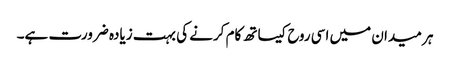
ہر میدان میں اسی روح کیساتھ کام کرنے کی بہت زیادہ ضرورت ہے۔